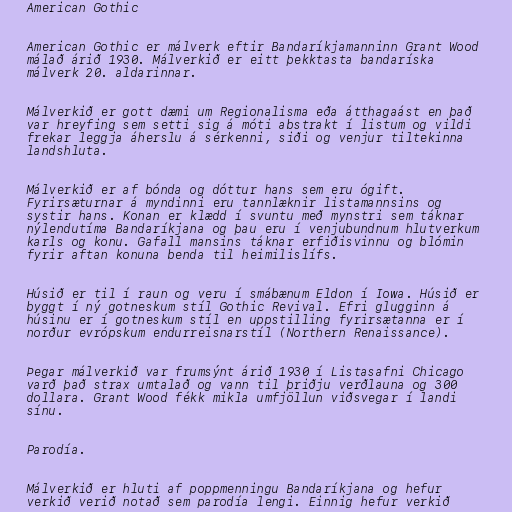
American Gothic

American Gothic er málverk eftir Bandaríkjamanninn Grant Wood
málað árið 1930. Málverkið er eitt þekktasta bandaríska
málverk 20. aldarinnar.

Málverkið er gott dæmi um Regionalisma eða átthagaást en það
var hreyfing sem setti sig á móti abstrakt í listum og vildi
frekar leggja áherslu á sérkenni, siði og venjur tiltekinna
landshluta.

Málverkið er af bónda og dóttur hans sem eru ógift.
Fyrirsæturnar á myndinni eru tannlæknir listamannsins og
systir hans. Konan er klædd í svuntu með mynstri sem táknar
nýlendutíma Bandaríkjana og þau eru í venjubundnum hlutverkum
karls og konu. Gafall mansins táknar erfiðisvinnu og blómin
fyrir aftan konuna benda til heimilislífs.

Húsið er til í raun og veru í smábænum Eldon í Iowa. Húsið er
byggt í ný gotneskum stíl Gothic Revival. Efri glugginn á
húsinu er í gotneskum stíl en uppstilling fyrirsætanna er í
norður evrópskum endurreisnarstíl (Northern Renaissance).

Þegar málverkið var frumsýnt árið 1930 í Listasafni Chicago
varð það strax umtalað og vann til þriðju verðlauna og 300
dollara. Grant Wood fékk mikla umfjöllun viðsvegar í landi
sínu.

Parodía.

Málverkið er hluti af poppmenningu Bandaríkjana og hefur
verkið verið notað sem parodía lengi. Einnig hefur verkið